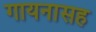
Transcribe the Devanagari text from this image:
गायनासह